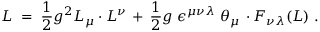
{ \cal L } \; = \; \frac { 1 } { 2 } g ^ { 2 } L _ { \mu } \cdot L ^ { \nu } \, + \, \frac { 1 } { 2 } g \; \epsilon ^ { \mu \nu \lambda } \; \theta _ { \mu } \, \cdot F _ { \nu \lambda } ( L ) \; .